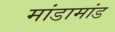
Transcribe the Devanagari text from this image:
मांडामांड